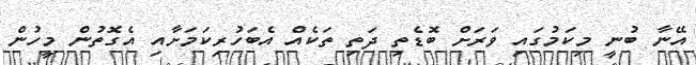
އޭނާ ބުނީ މިކަމުގައި ވަރަށް ބޮޑެތި ދަތި ތަކެއް އެބަހުރިކަމަށާއި އެގޮތުން މީހުން